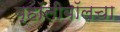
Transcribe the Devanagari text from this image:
व्हॉलीबॉलचा